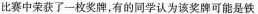
比赛中荣获了一枚奖牌，有的同学认为该奖牌可能是铁